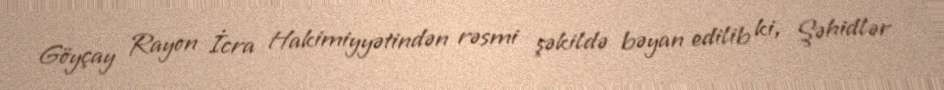
Göyçay Rayon İcra Hakimiyyətindən rəsmi şəkildə bəyan edilib ki, Şəhidlər